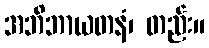
အဘိဘာယတနံ၊ တည်း။